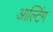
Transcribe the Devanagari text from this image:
आल्टिंग